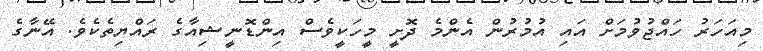
މިއަހަރު ހައްޖުވުމަށް އައި އުމުރުން އެންމެ ދޮށީ މީހަކީވެސް އިންޑޮނީޝިއާގެ ރައްޔިތެކެވެ. އޭނާގެ